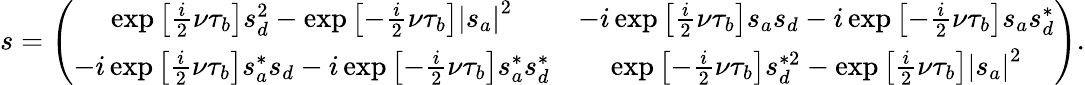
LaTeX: s=\left(\begin{array}{cc}{\exp\left[\frac{i}{2}\nu\tau_{b}\right]s_{d}^{2}-\exp\left[-\frac{i}{2}\nu\tau_{b}\right]\left\vert s_{a}\right\vert^{2}}&{-i\exp\left[\frac{i}{2}\nu\tau_{b}\right]s_{a}s_{d}-i\exp\left[-\frac{i}{2}\nu\tau_{b}\right]s_{a}s_{d}^{\ast}}\\ {-i\exp\left[\frac{i}{2}\nu\tau_{b}\right]s_{a}^{\ast}s_{d}-i\exp\left[-\frac{i}{2}\nu\tau_{b}\right]s_{a}^{\ast}s_{d}^{\ast}}&{\exp\left[-\frac{i}{2}\nu\tau_{b}\right]s_{d}^{\ast 2}-\exp\left[\frac{i}{2}\nu\tau_{b}\right]\left\vert s_{a}\right\vert^{2}}\end{array}\right).